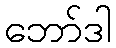
ဘော်ဒါ